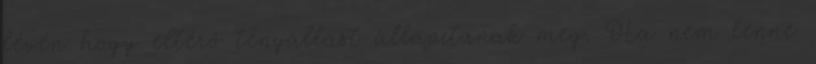
lévén hogy eltérő tényállást állapítanak meg. Ha nem lenne